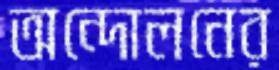
অন্দোলনের